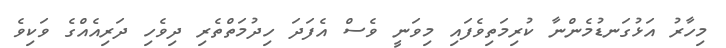
މިހާރު އަޅުގަނޑުމެންނާ ކުރިމަތިވެފައި މިވަނީ ވެސް އެފަދަ ހިދުމަތްތެރި ދިވެހި ދަރިއެއްގެ ވަކިވެ